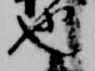
也